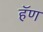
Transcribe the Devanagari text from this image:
हॅण